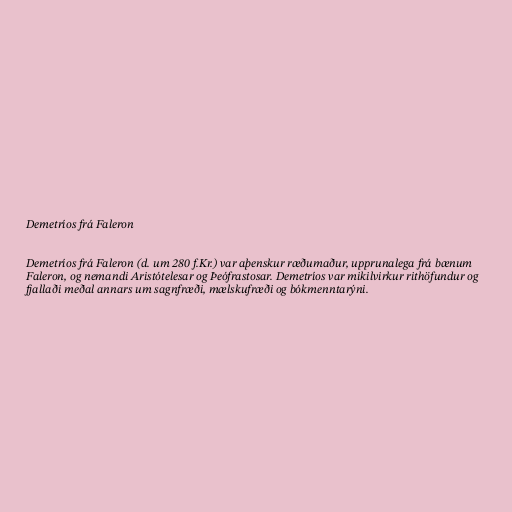
Demetríos frá Faleron

Demetríos frá Faleron (d. um 280 f.Kr.) var aþenskur ræðumaður, upprunalega frá bænum
Faleron, og nemandi Aristótelesar og Þeófrastosar. Demetríos var mikilvirkur rithöfundur og
fjallaði meðal annars um sagnfræði, mælskufræði og bókmenntarýni.